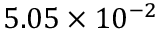
5 . 0 5 \times 1 0 ^ { - 2 }